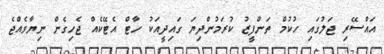
އައްސޭރި ޖަލުގައި ހުކުމް ތަންފީޒު ކުރަމުންދިޔަ ގައިދީއަކު ހާޓް އެޓޭކެއް ޖެހިގެން ނިޔާވެއްޖެ